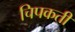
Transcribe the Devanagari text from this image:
चिपकती